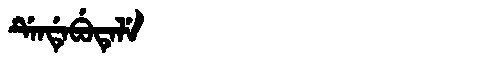
Manchu: ᡩᡝᠨᡩᡝᠪᡠᡨᡝᠯᡝ
Romanization: DENDEBUTELE